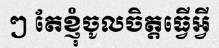
ៗ តែខ្ញុំចូលចិត្តធ្វើអ្វី